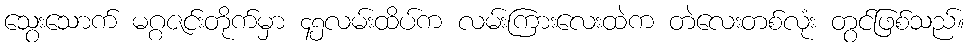
သွေးသောက် မဂ္ဂဇင်းတိုက်မှာ ၄၅လမ်းထိပ်က လမ်းကြားလေးထဲက တဲလေးတစ်လုံး တွင်ဖြစ်သည်။